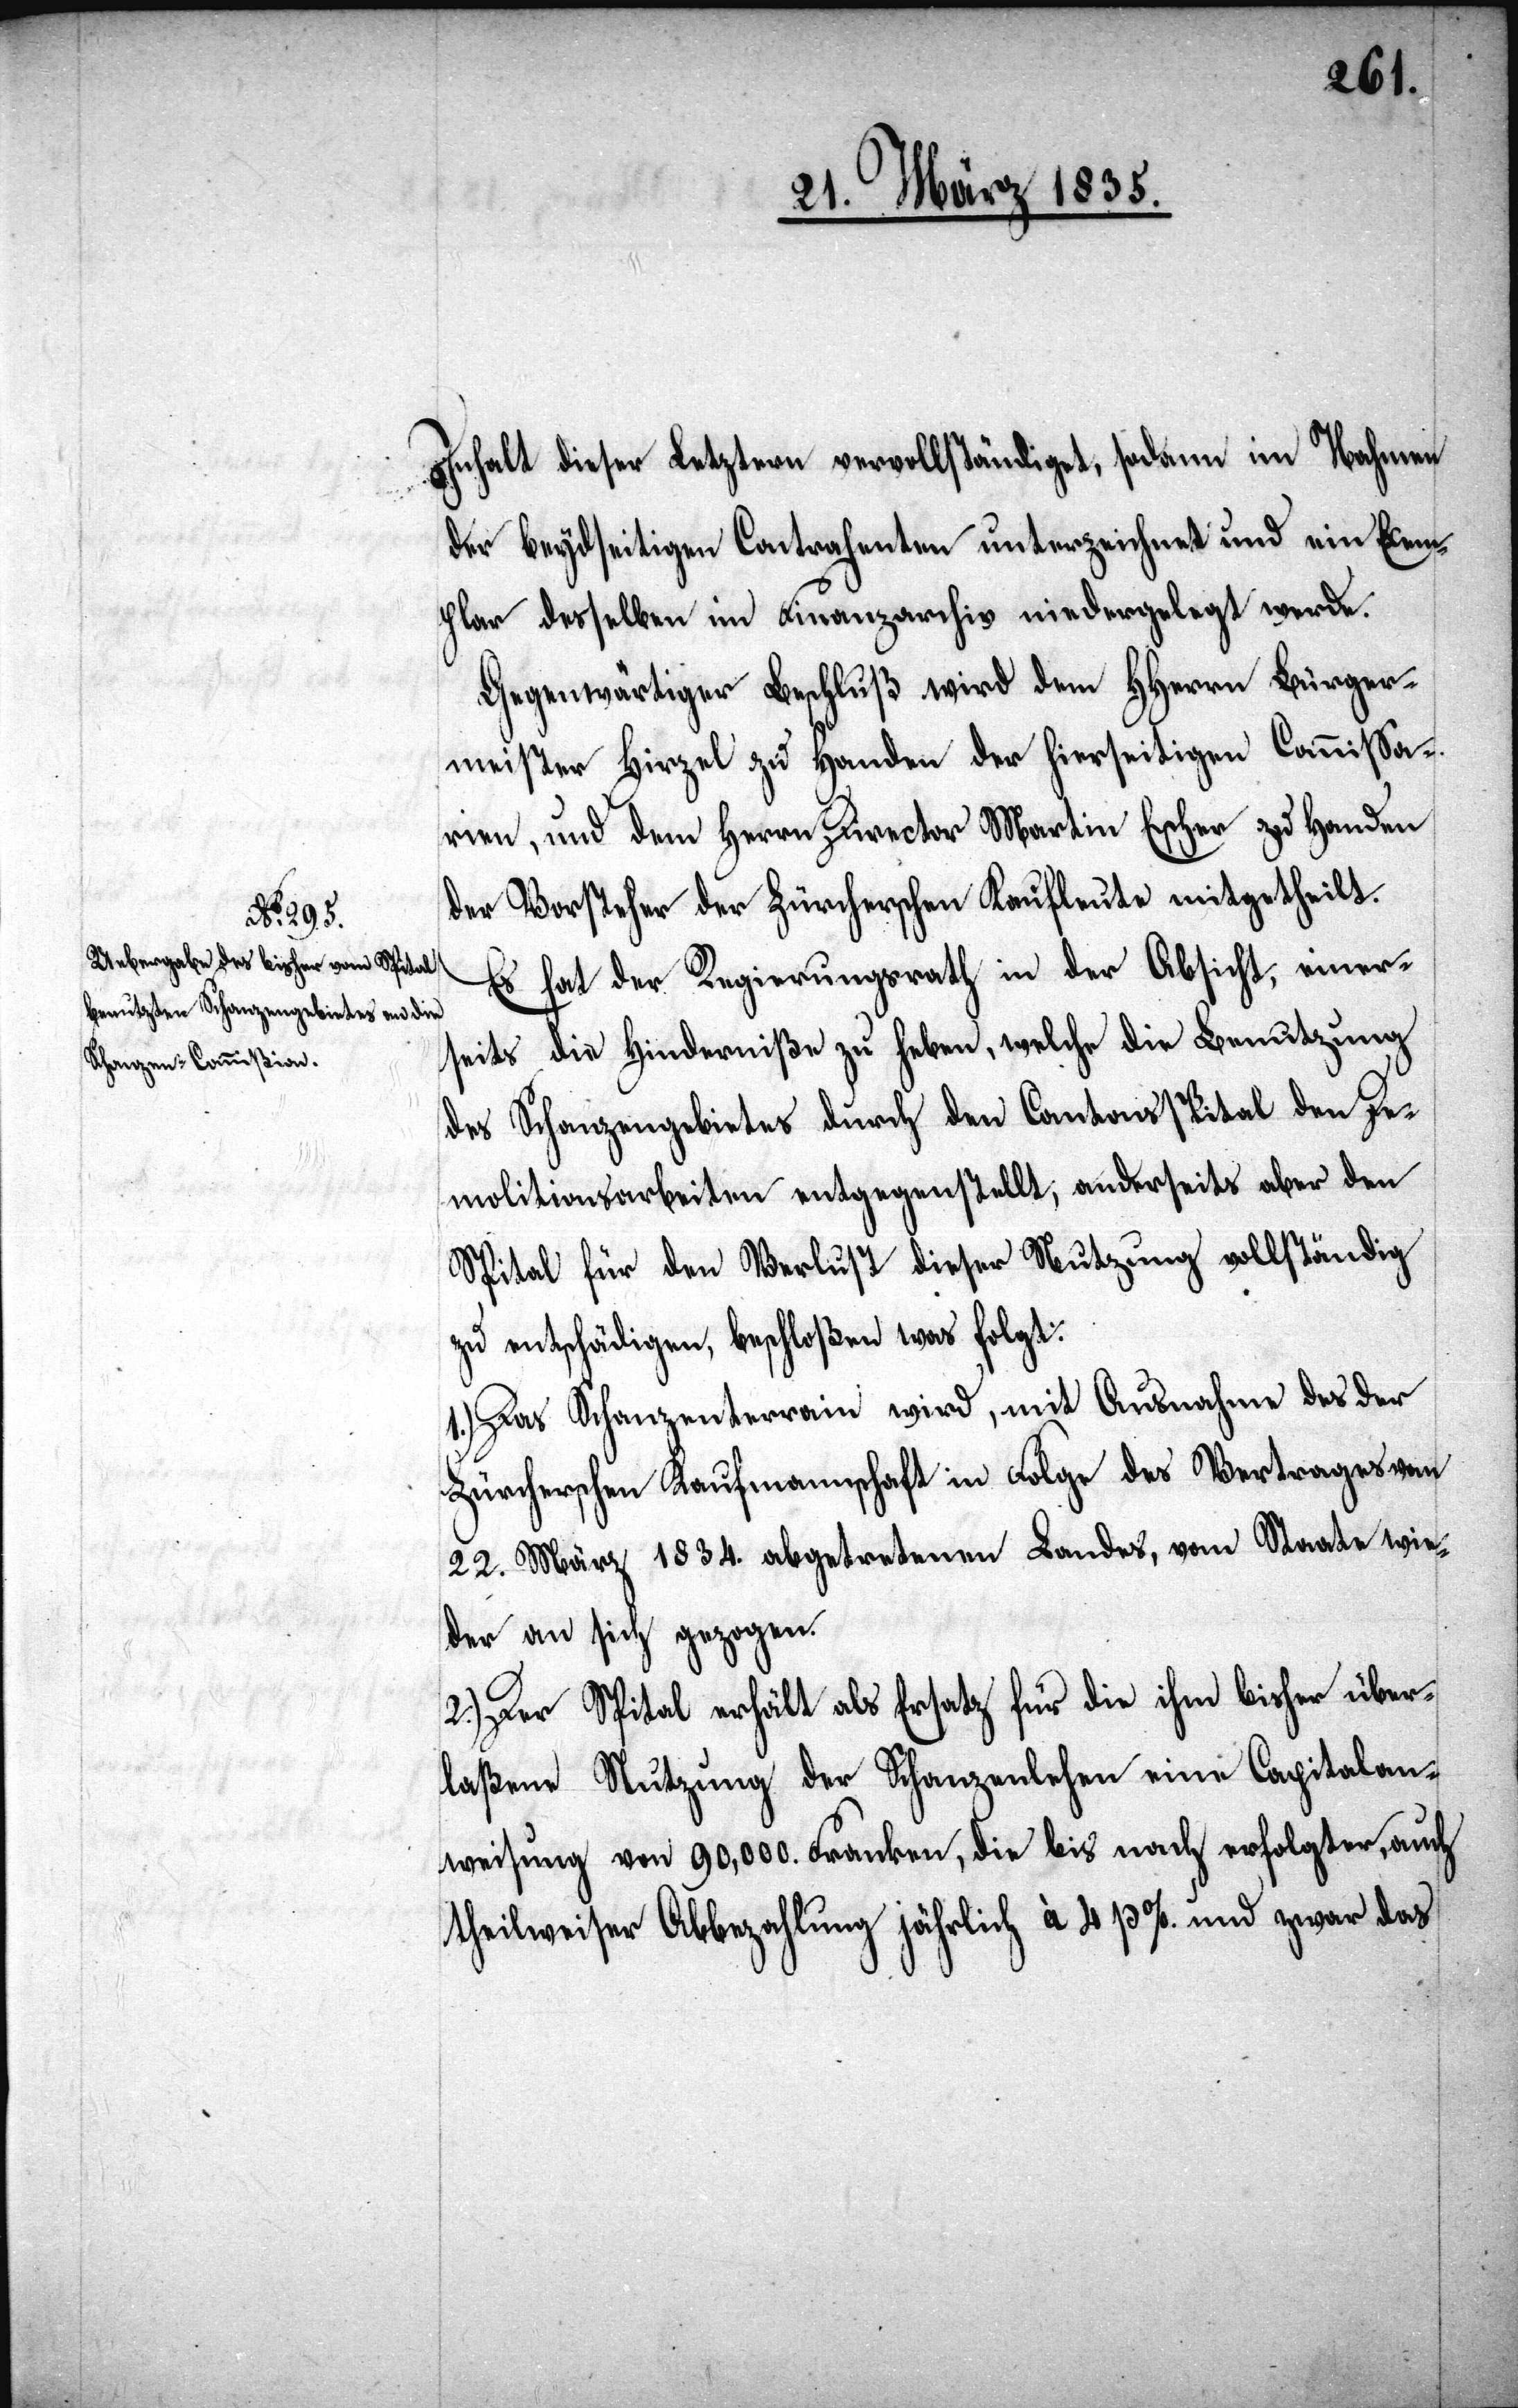
Inhalt dieser Letztern vervollständiget, sodann im Nahmen
der beydseitigen Contrahenten unterzeichnet und ein Exem¬
plar desselben im Finanzarchiv niedergelegt werde.
Gegenwärtiger Beschluß wird dem HHerrn Bürger¬
meister Hirzel zu Handen der hierseitigen Commißa¬
rien, und dem Herrn Director Martin Escher zu Handen
der Vorsteher der Zürcherschen Kaufleute mitgetheilt.
Es hat der Regierungsrath in der Absicht, einer¬
seits die Hinderniße zu heben, welche die Benutzung
des Schanzengebietes durch den Cantonsspital den De¬
molitionsarbeiten entgegenstellt, anderseits aber den
Spital für den Verlust dieser Nutzung vollständig
zu entschädigen, beschloßen was folgt:
1.) Das Schanzenterrain wird, mit Ausnahme des der
Zürcherschen Kaufmannschaft in Folge des Vertrages vom
22. März 1834. abgetretenen Landes, vom Staate wie¬
der an sich gezogen.
2.) Der Spital erhält als Ersatz für die ihm bisher über¬
laßene Nutzung der Schanzenlehen eine Capitalan¬
weisung von 90,000. Franken, die bis nach erfolgter, auch
theilweiser Abbezahlung jährlich à 4 p%. und zwar das